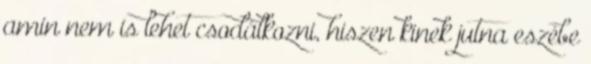
amin nem is lehet csodálkozni, hiszen kinek jutna eszébe